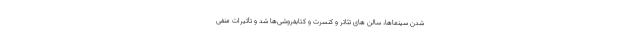
شدن سینماها، سالن های تئاتر و کنسرت و کتابفروشی‌ها شد و تأثیرات منفی